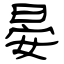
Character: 晏